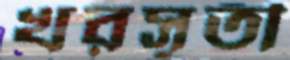
খরসূতী